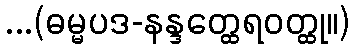
...(ဓမ္မပဒ-နန္ဒတ္ထေရဝတ္ထု။)